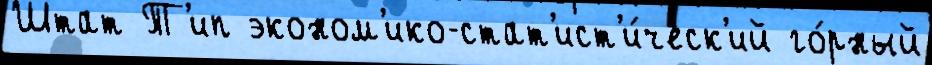
Штат Т'ип эконом'ико-стат'ист'и́ческ'ий го́рный